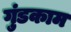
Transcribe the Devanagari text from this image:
गुंडकाम